Report on sanitation, dispensaries, and jails in Rajputana for 1911, and on vaccination for the year 1911-1912 - 1911-1912
Year: 1911
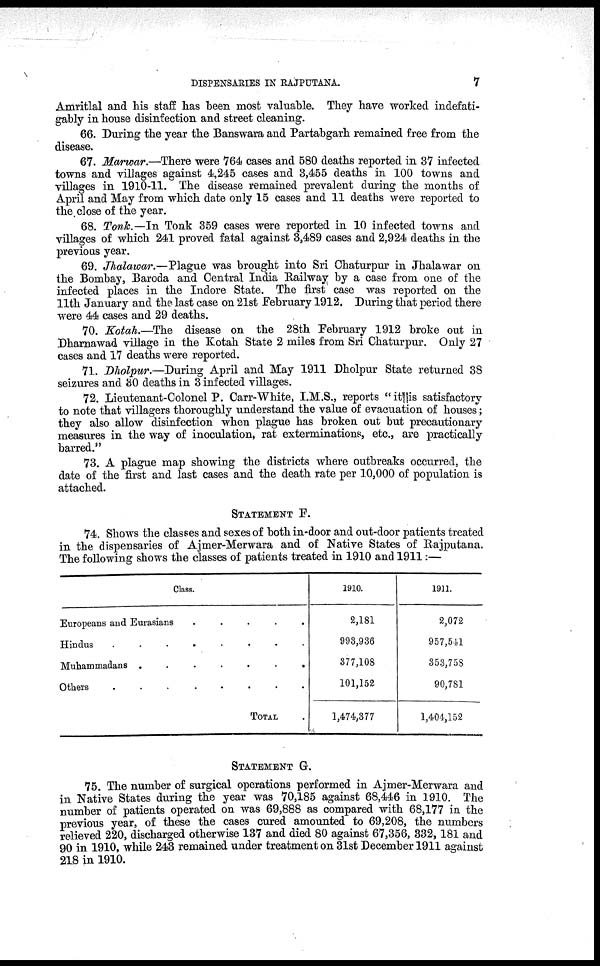
DISPENSARIES IN RAJPUTANA.
7
Amritlal and his staff has been most valuable. They have worked indefati-
gably in house disinfection and street cleaning.
66. During the year the Banswara and Partabgarh remained free from the
disease.
67. Marwar.—There were 764 cases and 580 deaths reported in 37 infected
towns and villages against 4,245 cases and 3,455 deaths in 100 towns and
villages in 1910-11. The disease remained prevalent during the months of.
April and May from which date only 15 cases and 11 deaths were reported to
the close of the year.
68. Tonk.—In Tonk 359 cases were reported in 10 infected towns and
villages of which 241 proved fatal against 3,489 cases and 2,924 deaths in the
previous year.
69. Jhalawar.—Plague was brought into Sri Chaturpur in Jhalawar on
the Bombay, Baroda and Central India Railway by a case from one of the
infected places in the Indore State. The first case was reported on the
11th January and the last case on 21st February 1912. During that period there
were 44 cases and 29 deaths.
70. Kotah.—The disease on the 28th February 1912 broke out in
Dharnawad village in the Kotah State 2 miles from Sri Chaturpur. Only 27
cases and 17 deaths were reported.
71. Dholpur.—During April and May 1911 Dholpur State returned 38
seizures and 30 deaths in 3 infected villages.
72. Lieutenant-Colonel P. Carr-White, I.M.S., reports "it is satisfactory
to note that villagers thoroughly understand the value of evacuation of houses;
they also allow disinfection when plague has broken out but precautionary
measures in the way of inoculation, rat exterminations, etc., are practically
barred."
73. A plague map showing the districts where outbreaks occurred, the
date of the first and last cases and the death rate per 10,000 of population is
attached.
STATEMENT F.
74. Shows the classes and sexes of both in-door and out-door patients treated
in the dispensaries of Ajmer-Merwara and of Native States of Rajputana.
The following shows the classes of patients treated in 1910 and 1911:—
Class.
Europeans and Eurasians
.
.
.
.
Hindus
.
.
.
.
.
.
Muhammadans
.
.
.
.
.
Others
.
.
.
.
.
TOTAL .
1910.
2,181
993,936
377,108
101,152
1,474,377
1911.
2,072
957,541
353,75S
90,781
1,404,152
STATEMENT G.
75. The number of surgical operations performed in Ajmer-Merwara and
in Native States during the year was 70,185 against 68,446 in 1910. The
number of patients operated on was 69,888 as compared with 68,177 in the
previous year, of these the cases cured amounted to 69,208, the numbers
relieved 220, discharged otherwise 137 and died 80 against 67,356, 332, 181 and
90 in 1910, while 243 remained under treatment on 31st December 1911 against
218 in 1910.